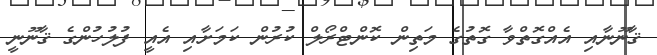
ޤާނޫނާއި އެއްގޮތްވާ ގޮތުގެ މަތިން ކޮންޓްރޯލް ކުރުން ކަމަށާއި އެއީ ފުލުހުންގެ ޤާނޫނީ